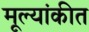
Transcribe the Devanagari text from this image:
मूल्यांकीत